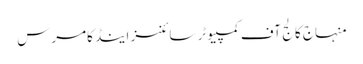
منہاج کالج آف کمپیوٹر سائنسز اینڈ کامرس